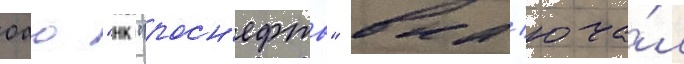
оао "нк "росн'ефть" вкл'юча́л